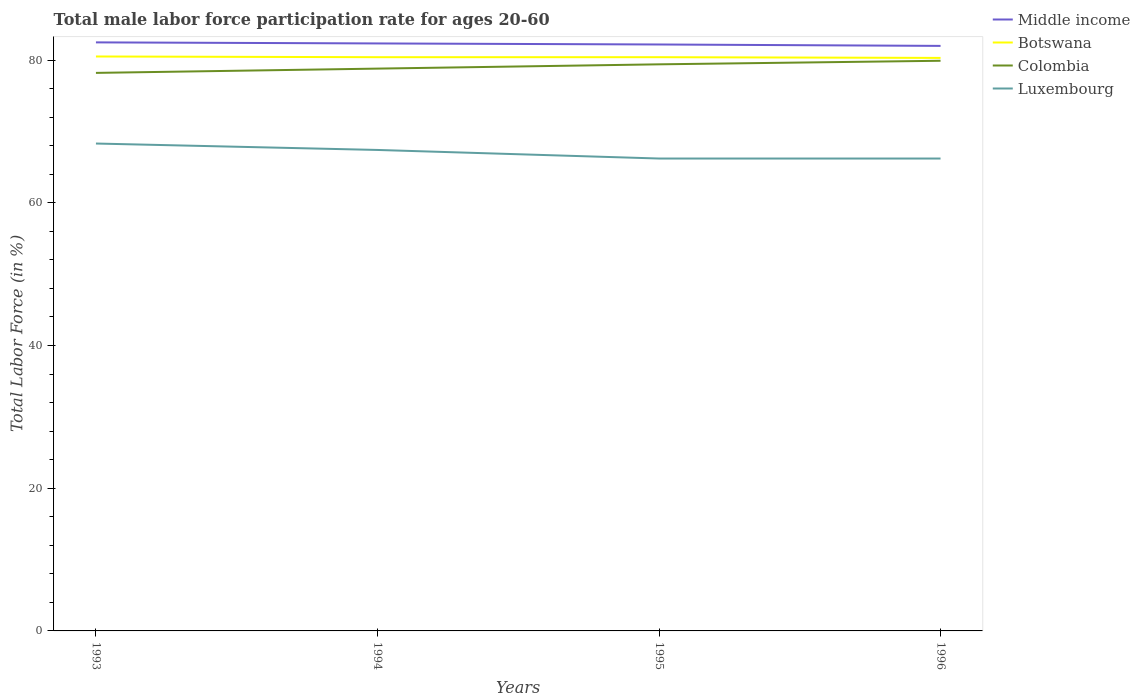
| Years | Middle income | Botswana | Colombia | Luxembourg |
 | --- | --- | --- | --- | --- |
 | 1993 | 82.5 | 80.5 | 78.2 | 68.3 |
 | 1994 | 82.3 | 80.4 | 78.8 | 67.4 |
 | 1995 | 82.2 | 80.4 | 79.4 | 66.2 |
 | 1996 | 82 | 80.3 | 79.9 | 66.2 |